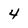
Character: 4